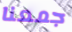
جمعنا